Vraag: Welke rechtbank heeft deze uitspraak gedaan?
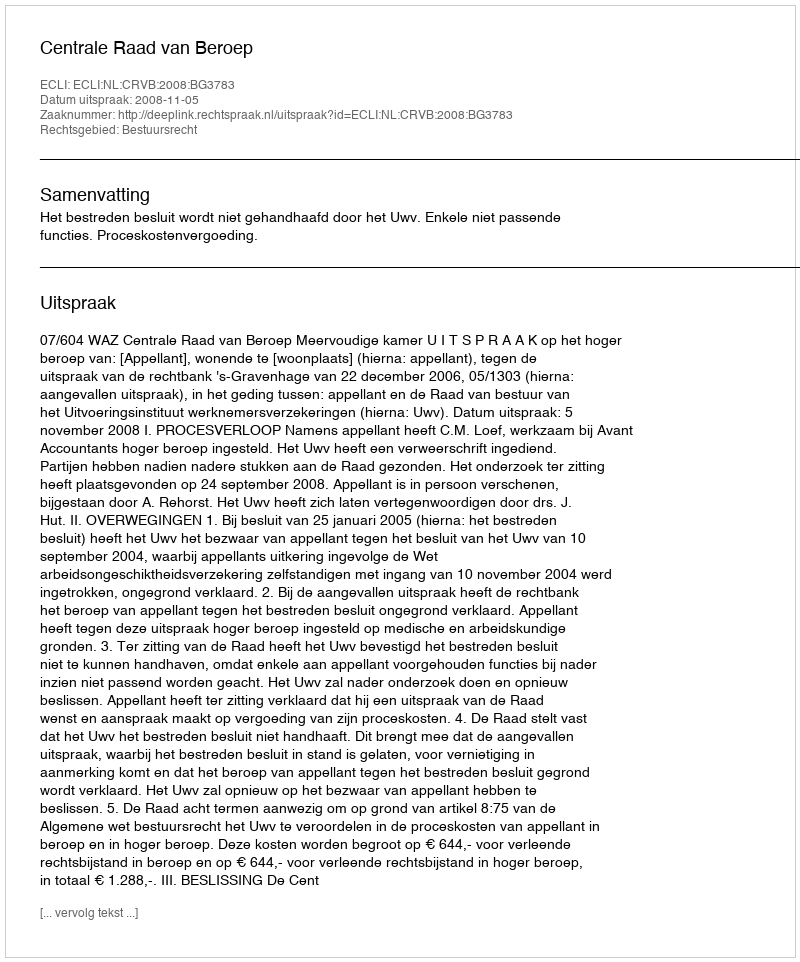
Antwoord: Centrale Raad van Beroep